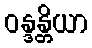
ဝန္ဒန္တိယာ